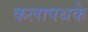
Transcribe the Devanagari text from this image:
कलापथके